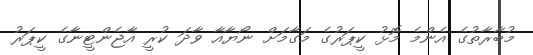
މުބާރާތުގެ އެންމެ މޮޅު ކީޕަރުގެ މަގާމަށް ނޯޔާއާ ވާދަ ކުރީ އާޖެންޓީނާގެ ކީޕަރު